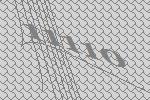
11110